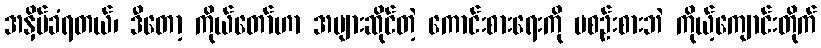
အနှိမ်ခံရတယ်၊ ဒီတော့ ကိုယ်တော်ဟာ အများဆိုင်တဲ့ ကောင်းစားရေးကို မစဉ်းစားဘဲ ကိုယ့်ကျောင်းတိုက်